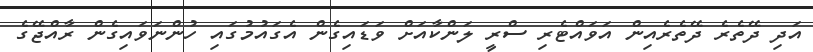
އަދި ދޭތެރެ ދޭތެރެއިން އަވައްޓެރި ސްރީ ލަންކާއަށް ވަޑައިގެން އެގައުމުގައި ހުންނަވައިގެން ރާއްޖޭގެ